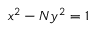
\ x ^ { 2 } - N y ^ { 2 } = 1